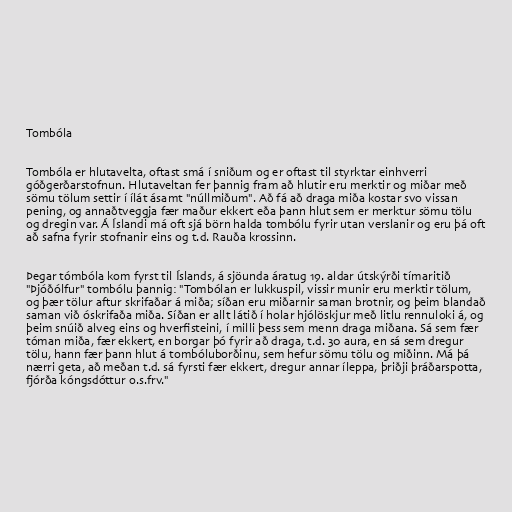
Tombóla

Tombóla er hlutavelta, oftast smá í sniðum og er oftast til styrktar einhverri
góðgerðarstofnun. Hlutaveltan fer þannig fram að hlutir eru merktir og miðar með
sömu tölum settir í ílát ásamt "núllmiðum". Að fá að draga miða kostar svo vissan
pening, og annaðtveggja fær maður ekkert eða þann hlut sem er merktur sömu tölu
og dregin var. Á Íslandi má oft sjá börn halda tombólu fyrir utan verslanir og eru þá oft
að safna fyrir stofnanir eins og t.d. Rauða krossinn.

Þegar tómbóla kom fyrst til Íslands, á sjöunda áratug 19. aldar útskýrði tímaritið
"Þjóðólfur" tombólu þannig: "Tombólan er lukkuspil, vissir munir eru merktir tölum,
og þær tölur aftur skrifaðar á miða; síðan eru miðarnir saman brotnir, og þeim blandað
saman við óskrifaða miða. Síðan er allt látið í holar hjólöskjur með litlu rennuloki á, og
þeim snúið alveg eins og hverfisteini, í milli þess sem menn draga miðana. Sá sem fær
tóman miða, fær ekkert, en borgar þó fyrir að draga, t.d. 30 aura, en sá sem dregur
tölu, hann fær þann hlut á tombóluborðinu, sem hefur sömu tölu og miðinn. Má þá
nærri geta, að meðan t.d. sá fyrsti fær ekkert, dregur annar íleppa, þriðji þráðarspotta,
fjórða kóngsdóttur o.s.frv."